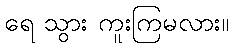
ရေ သွား ကူးကြမလား။